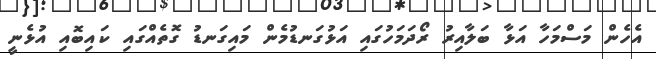
އެހެން މަސްމަހާ އަޅާ ބަލާއިރު ރޯދަމަހުގައި އަޅުގަނޑުމެން މައިގަނޑު ގޮތެއްގައި ކައިބޮއި އުޅެނީ